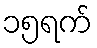
၁၅ရက်